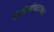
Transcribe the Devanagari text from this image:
विधिमंडळामध्‍ये